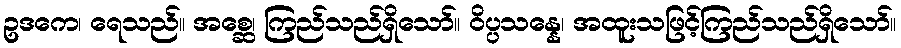
ဥဒကေ၊ ရေသည်။ အစ္ဆေ၊ ကြည်သည်ရှိသော်။ ဝိပ္ပသန္နေ၊ အထူးသဖြင့်ကြည်သည်ရှိသော်။